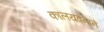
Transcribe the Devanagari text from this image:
कालयवनाने